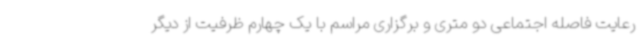
رعایت فاصله اجتماعی دو متری و برگزاری مراسم با یک چهارم ظرفیت از دیگر